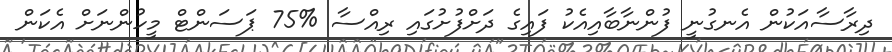
ދިރާސާއަކުން އެނގުނީ ފުންނާބާއިއެކު ފައިގެ ދަށްފުށުގައި ރިއްސާ %75 ޕަސަންޓް މީހުންނަށް އެކަން